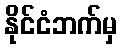
နိုင်ငံဘက်မှ